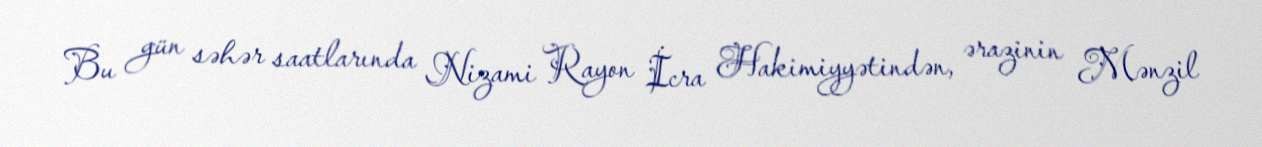
Bu gün səhər saatlarında Nizami Rayon İcra Hakimiyyətindən, ərazinin Mənzil